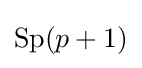
\mathrm {Sp} (p+1)